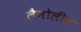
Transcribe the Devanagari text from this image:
लैनोलीन